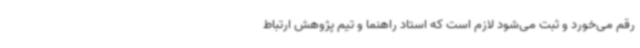
رقم می‌خورد و ثبت می‌شود لازم است که استاد راهنما و تیم پژوهش ارتباط